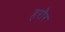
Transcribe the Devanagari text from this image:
हरौर